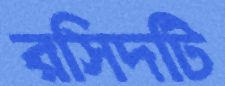
রসিদটি